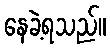
နေခဲ့ရသည်။